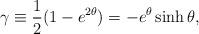
LaTeX: \begin{align*}\gamma \equiv {1\over 2}(1-e^{2\theta})=-e^{\theta}\sinh \theta ,\end{align*}